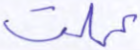
عملت